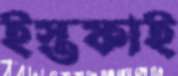
ইস্তফাই